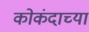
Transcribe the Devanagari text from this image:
कोकंदाच्या